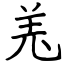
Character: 𦍑